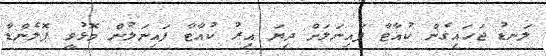
ލަނޑު ޖަހައިގެން ކުއާޓާ ފައިނަލަށް ދިޔަ އިރު ކުއާޓާ ފައިނަލުން މޮޅުވީ ޕޮލެންޑާ